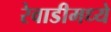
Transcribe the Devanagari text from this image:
रेवाडीमध्ये